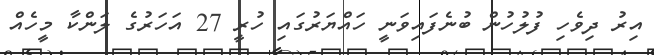
އިރު ދިވެހި ފުލުހުން ބުނެފައިވަނީ ހައްޔަރުގައި ހުރީ 27 އަހަރުގެ ލަންކާ މީހެއް